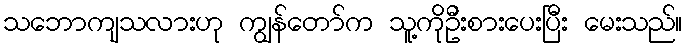
သဘောကျသလားဟု ကျွန်တော်က သူ့ကိုဦးစားပေးပြီး မေးသည်။